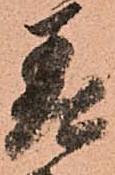
差